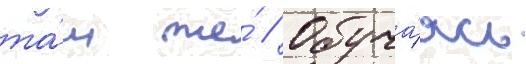
та́м же́ // Обуча́ясь